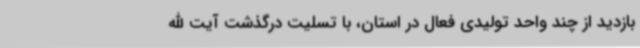
بازدید از چند واحد تولیدی فعال در استان، با تسلیت درگذشت آیت الله